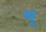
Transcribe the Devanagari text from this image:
थूं